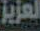
العزيز